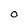
Character: O